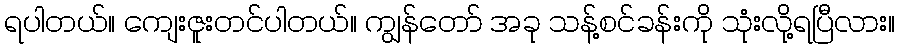
ရပါတယ်။ ကျေးဇူးတင်ပါတယ်။ ကျွန်တော် အခု သန့်စင်ခန်းကို သုံးလို့ရပြီလား။